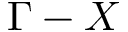
\Gamma - X